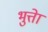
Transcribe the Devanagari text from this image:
भुत्तेा